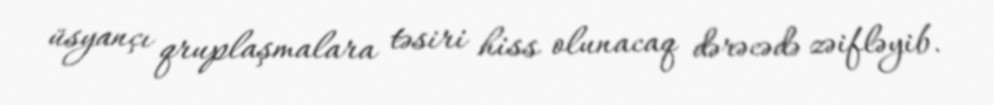
üsyançı qruplaşmalara təsiri hiss olunacaq dərəcədə zəifləyib.